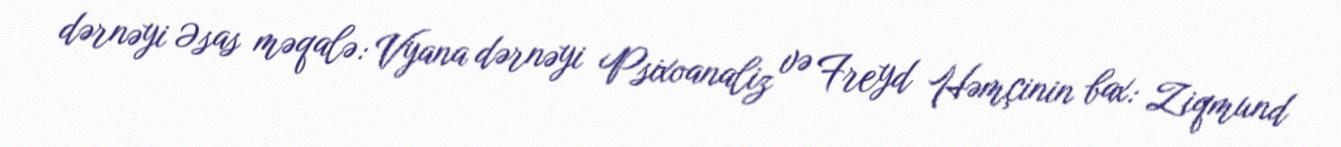
dərnəyi Əsas məqalə: Vyana dərnəyi Psixoanaliz və Freyd Həmçinin bax: Ziqmund